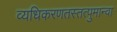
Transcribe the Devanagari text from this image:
व्यधिकरणतस्तत्पुमान्वा